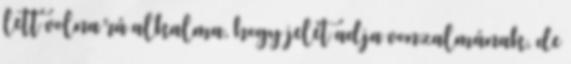
lett volna rá alkalma, hogy jelét adja vonzalmának, de